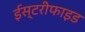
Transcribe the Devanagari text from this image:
ईस्टरीफाइड